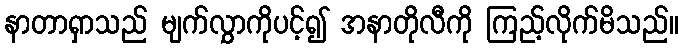
နာတာရှာသည် မျက်လွှာကိုပင့်၍ အနာတိုလီကို ကြည့်လိုက်မိသည်။